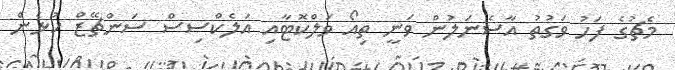
މެޗުގެ ފަހު ވަގުތު އާސެނަލުން ވަނީ ތިއޯ ވަލްކޮޓާއި އަލެކްސިސް ސަންޗޭޒް ކުޅެން